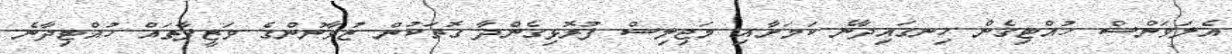
އެލަވަންސް ހުއްޓިގެން ހިނގައިދާނެ ކަމަށާއި މަޖިލިސް ފުރޮޅިގެންދާ ގޮތަކުން ޒުވާނުންގެ ވަޒީފާތައް ހުއްޓިދާނެ